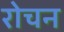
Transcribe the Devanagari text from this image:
रोचन